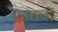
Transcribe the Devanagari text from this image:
फ़ारली